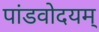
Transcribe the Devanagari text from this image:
पांडवोदयम्